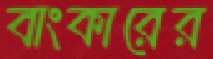
বাংকারের